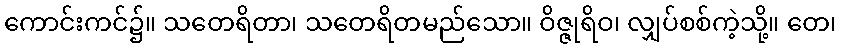
ကောင်းကင်၌။ သတေရိတာ၊ သတေရိတမည်သော။ ဝိဇ္ဇုရိဝ၊ လျှပ်စစ်ကဲ့သို့။ တေ၊